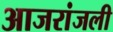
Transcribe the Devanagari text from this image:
आजरांजली